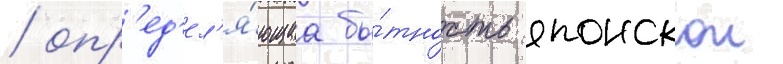
/ опр'ед'ел'я́ющаа бы́тность японскои